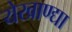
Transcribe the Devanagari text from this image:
येखाण्द्या